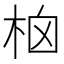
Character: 㭡